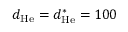
d _ { \mathrm { H e } } = d _ { \mathrm { H e } } ^ { \ast } = 1 0 0